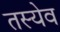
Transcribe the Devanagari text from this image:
तस्येव